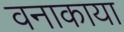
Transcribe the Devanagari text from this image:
वनाकाया